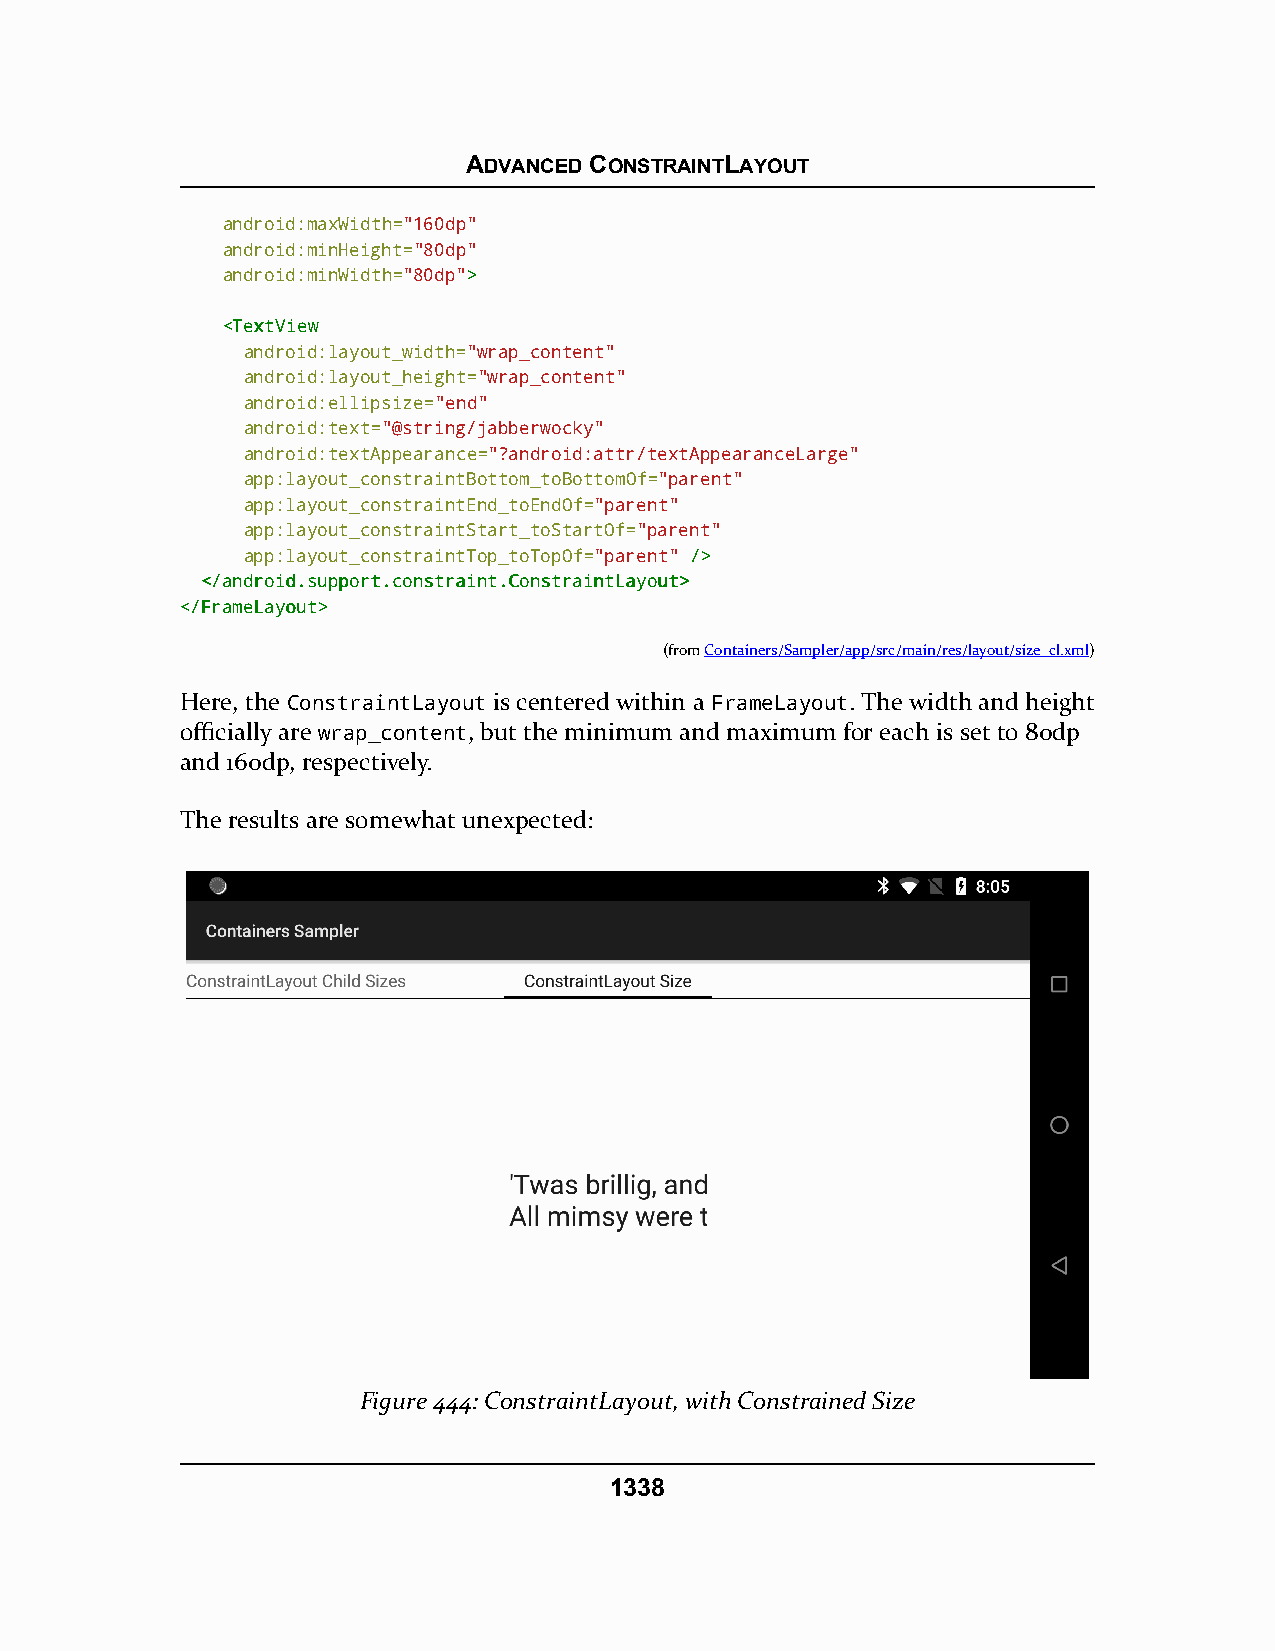
ADVANCED CONSTRAINTLAYOUT
 android:maxWidth="160dp"
 android:minHeight="80dp"
 android:minWidth="80dp">>
 <<TTeexxttVViieeww
 android:layout_width="wrap_content"
 android:layout_height="wrap_content"
 android:ellipsize="end"
 android:text="@string/jabberwocky"
 android:textAppearance="?android:attr/textAppearanceLarge"
 app:layout_constraintBottom_toBottomOf="parent"
 app:layout_constraintEnd_toEndOf="parent"
 app:layout_constraintStart_toStartOf="parent"
 app:layout_constraintTop_toTopOf="parent" //>>
 <<//aannddrrooiidd..ssuuppppoorrtt..ccoonnssttrraaiinntt..CCoonnssttrraaiinnttLLaayyoouutt>>
 <<//FFrraammeeLLaayyoouutt>>
 (fromContainers/Sampler/app/src/main/res/layout/size_cl.xml)
 Here, the ConstraintLayout is centered within a FrameLayout. The width and height
 officially are wrap_content, but the minimum and maximum for each is set to 80dp
 and 160dp, respectively.
 The results are somewhat unexpected:
 Figure 444: ConstraintLayout, with Constrained Size
 1338